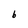
Character: b